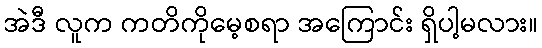
အဲဒီ လူက ကတိကိုမေ့စရာ အကြောင်း ရှိပါ့မလား။